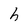
Character: h